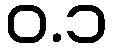
ဝ.၁